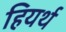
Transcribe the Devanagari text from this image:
हियर्थ